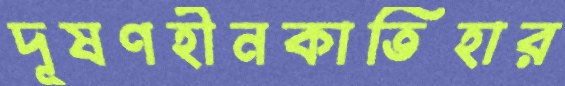
দূষণহীনকাতিহার